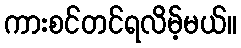
ကားစင်တင်ရလိမ့်မယ်။